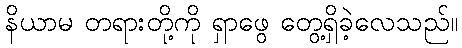
နိယာမ တရားတို့ကို ရှာဖွေ တွေ့ရှိခဲ့လေသည်။